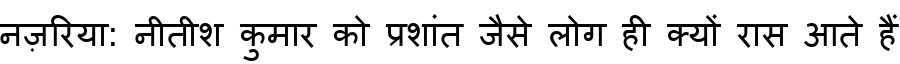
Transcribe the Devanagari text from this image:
नज़रिया: नीतीश कुमार को प्रशांत जैसे लोग ही क्यों रास आते हैं